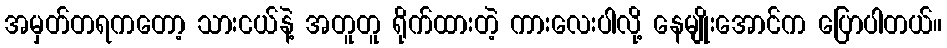
အမှတ်တရကတော့ သားငယ်နဲ့ အတူတူ ရိုက်ထားတဲ့ ကားလေးပါလို့ နေမျိုးအောင်က ပြောပါတယ်။